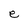
Character: e